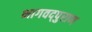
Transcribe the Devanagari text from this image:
भागवद्पुराण